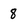
Character: 8